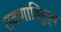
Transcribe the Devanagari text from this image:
रावणाविरुद्ध